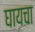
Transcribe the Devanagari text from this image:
घायचा